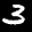
Label: 3